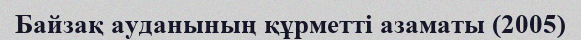
Байзақ ауданының құрметті азаматы (2005)